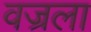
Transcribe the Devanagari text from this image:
वज्रला